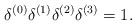
\begin{align*}\delta^{(0)} \delta^{(1)} \delta^{(2)} \delta^{(3)} = 1. \end{align*}